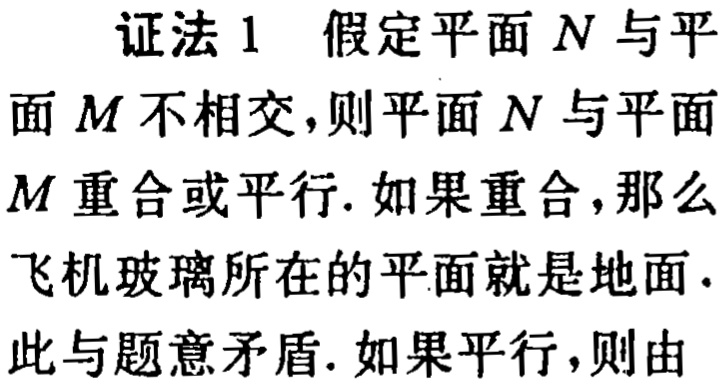
证法 1 假定平面 \(N\) 与平面 \(M\) 不相交，则平面 \(N\) 与平面 \(M\) 重合或平行. 如果重合，那么飞机玻璃所在的平面就是地面. 此与题意矛盾. 如果平行，则由